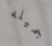
جميله